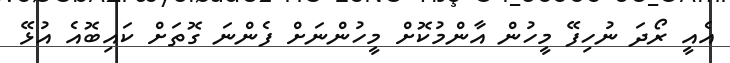
އެއީ ރޯދަ ނުހިފޭ މީހުން އާންމުކޮށް މީހުންނަށް ފެންނަ ގޮތަށް ކައިބޮއެ އުޅޭ